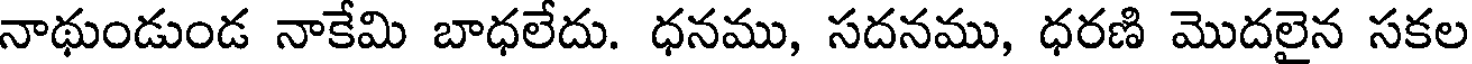
నాథుండుండ నాకేమి బాధలేదు. ధనము, సదనము, ధరణి మొదలైన సకల